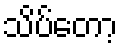
သိပ်တော့